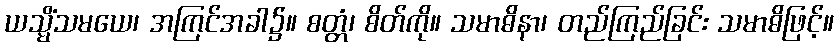
ယသ္မိံသမယေ၊ အကြင်အခါ၌။ စတ္တံ၊ စိတ်ကို။ သမာဓိနာ၊ တည်ကြည်ခြင်း သမာဓိဖြင့်။